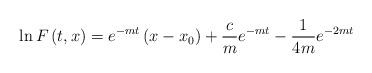
LaTeX: \begin{align*}\ln F\left( t,x\right) =e^{-mt}\left( x-x_{0}\right) +\frac{c}{m}e^{-mt}-\frac{1}{4m}e^{-2mt} \end{align*}